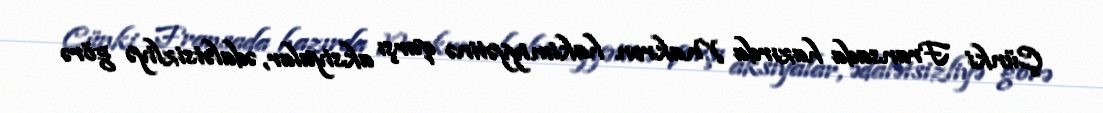
Çünki Fransada hazırda Makron hakimiyyətinə qarşı aksiyalar, ədalətsizliyə görə